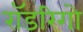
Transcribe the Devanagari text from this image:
रॉडरिगो